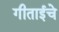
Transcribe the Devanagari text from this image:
गीताईचे